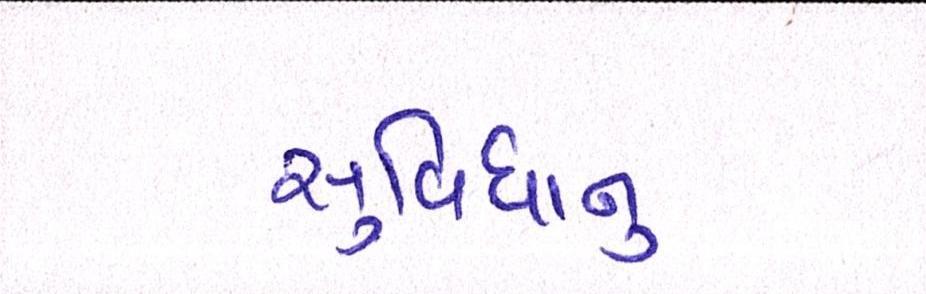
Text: સુવિધાનુ